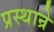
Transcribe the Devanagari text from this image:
प्रस्थान्रे